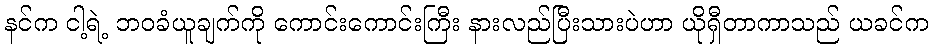
နင်က ငါ့ရဲ့ ဘဝခံယူချက်ကို ကောင်းကောင်းကြီး နားလည်ပြီးသားပဲဟာ ယိုရှီတာကာသည် ယခင်က